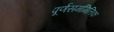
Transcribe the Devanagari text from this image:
पूर्णसममितिक